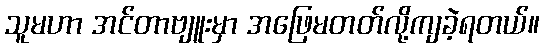
သူမဟာ အင်တာဗျူးမှာ အဖြေမတတ်လို့ကျခဲ့ရတယ်။